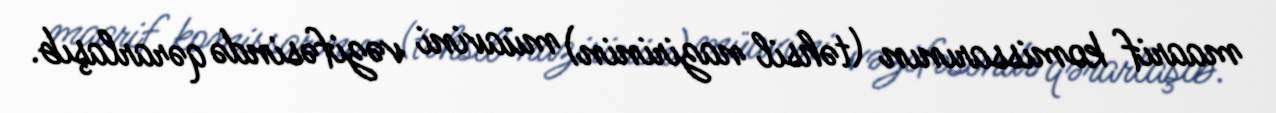
maarif komissarının (təhsil nazirinin) müavini vəzifəsində qərarlaşıb.